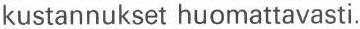
kustannukset huomattavasti.